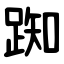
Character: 踟